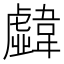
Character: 𩏣